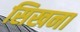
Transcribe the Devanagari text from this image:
सिखना